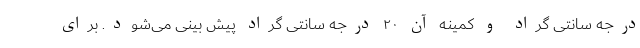
درجه سانتی گراد و کمینه آن ۲۰ درجه سانتی گراد پیش بینی می‌شود. برای